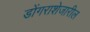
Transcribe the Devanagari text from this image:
डोंगराशेजारील